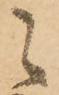
々